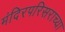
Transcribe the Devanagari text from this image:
मंदिरपरिसराच्या